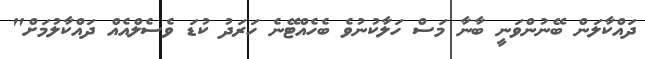
ދައްކާލަން ބޭނުންވަނީ ބާނާ މަސް ހަލާކުނުވެ ބެހެއްޓޭނެ ހަރަދު ކުޑަ ވެސެލްއެއް ދައްކާލުމަށް"